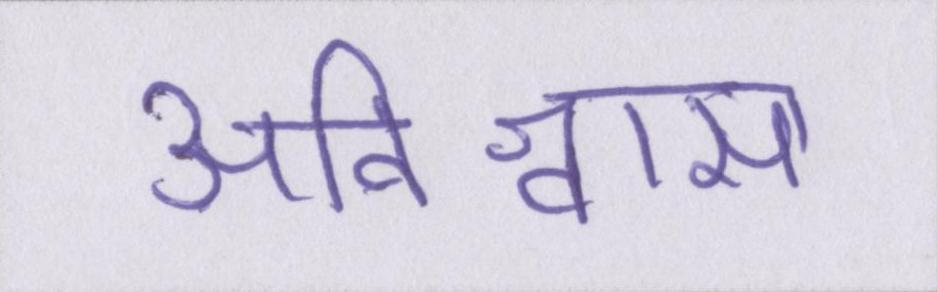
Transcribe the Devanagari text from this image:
अविश्वास